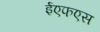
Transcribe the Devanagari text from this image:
ईएफएस